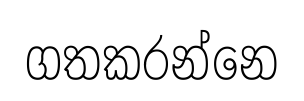
ගතකරන්නෙ